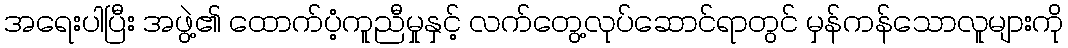
အရေးပါပြီး အဖွဲ့၏ ထောက်ပံ့ကူညီမှုနှင့် လက်တွေ့လုပ်ဆောင်ရာတွင် မှန်ကန်သောလူများကို